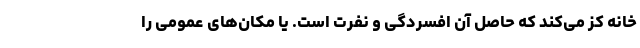
خانه کز می‌کند که حاصل آن افسردگی و نفرت است. یا مکان‌های عمومی را